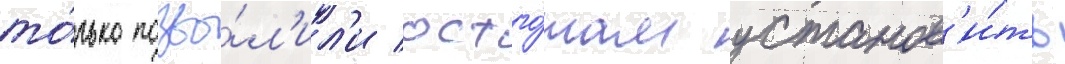
то́лько позво́л'ил'и остго́там установ'и́ть